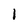
Character: l